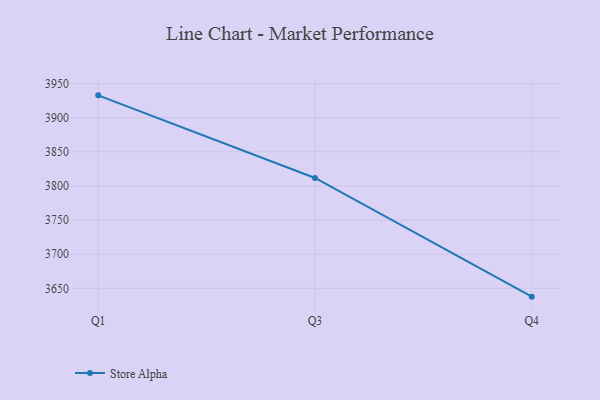
{"axis": {"x": "Quarter", "y": "Satisfaction Score"}, "legend": ["Store Alpha"], "data": [{"x": "Q1", "y": 3932.8, "type": "Store Alpha"}, {"x": "Q3", "y": 3811.7, "type": "Store Alpha"}, {"x": "Q4", "y": 3637.8, "type": "Store Alpha"}]}